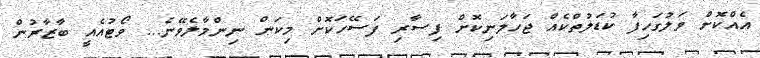
އެއްކޮށް ވަލުގަހިފާ ކުޑަލުތްކެއް ޖަހާލަނިކޮށް ފިސާރި ފަސޭހަކޮށް މިކަން ނިންމާލެވޭނެ... ވޯޓުއެއީ ބާޒާރުން